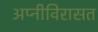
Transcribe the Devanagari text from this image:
अप्नीविरासत